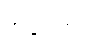
အပ္ပေကဒါ